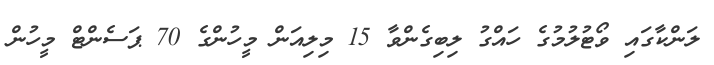
ލަންކާގައި ވޯޓުލުމުގެ ހައްގު ލިބިގެންވާ 15 މިލިއަން މީހުންގެ 70 ޕަސެންޓް މީހުން